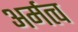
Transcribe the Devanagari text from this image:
अर्मत्व